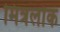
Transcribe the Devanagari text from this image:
मित्रलोक